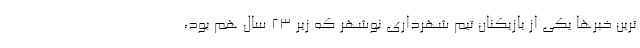
ترین خبرها یکی از بازیکنان تیم شهرداری نوشهر که زیر ۲۳ سال هم بود،